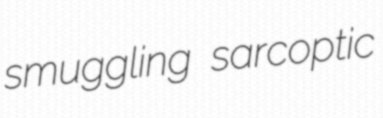
smuggling sarcoptic